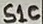
Text: S1C